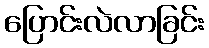
ပြောင်းလဲလာခြင်း